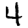
Digit: 4